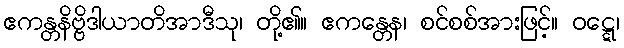
ဧကန္တနိဗ္ဗိဒါယာတိအာဒီသု၊ တို့၏။ ဧကန္တေန၊ စင်စစ်အားဖြင့်။ ဝဋ္ဋေ၊